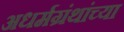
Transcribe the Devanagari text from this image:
अधर्मग्रंथांच्या